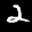
Label: 2